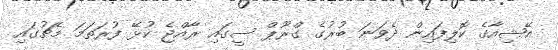
އޭޝިއާގެ ކޮލިފައިން ދެވަނަ ބުރުގެ ގްރޫޕް ސީގައި ރާއްޖެ ކުޅޭ ފުރަތަމަ މެޗުގައި